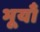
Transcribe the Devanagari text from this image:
भूयाँ